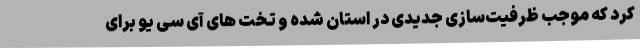
کرد که موجب ظرفیت‌سازی جدیدی در استان شده و تخت های آی سی یو برای